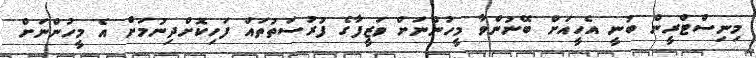
މިނިސްޓްރީން ބުނީ އެހީއަށް ބޭނުންވާ މީހުންނަށް ވަޒީފާގެ ފުރުސަތުތައް ފަހިކޮށްދިނުމަށް އެ މީހުންނަށް